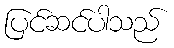
ပြင်ဆင်ပါသည်